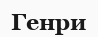
Генри